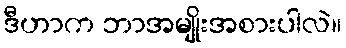
ဒီဟာက ဘာအမျိုးအစားပါလဲ။